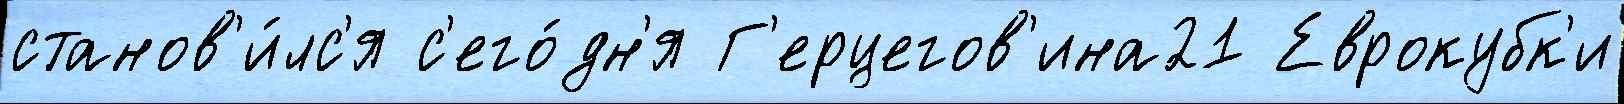
станов'и́лс'я с'его́дн'я Г'ерцегов'ина21 Еврокубк'и